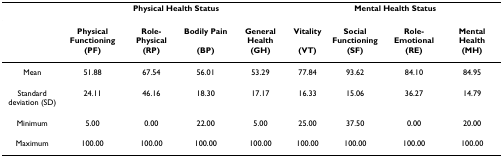
<table><thead><tr><td></td><td colspan="4"><b>Physical Health Status</b></td><td colspan="4"><b>Mental Health Status</b></td></tr></thead><tbody><tr><td></td><td><b>Physical Functioning</b></td><td><b>Role-Physical</b></td><td><b>Bodily Pain</b></td><td><b>General Health</b></td><td><b>Vitality</b></td><td><b>Social Functioning</b></td><td><b>Role-Emotional</b></td><td><b>Mental Health</b></td></tr><tr><td></td><td><b>(PF)</b></td><td><b>(RP)</b></td><td><b>(BP)</b></td><td><b>(GH)</b></td><td><b>(VT)</b></td><td><b>(SF)</b></td><td><b>(RE)</b></td><td><b>(MH)</b></td></tr><tr><td>Mean</td><td>51.88</td><td>67.54</td><td>56.01</td><td>53.29</td><td>77.84</td><td>93.62</td><td>84.10</td><td>84.95</td></tr><tr><td>Standard deviation (SD)</td><td>24.11</td><td>46.16</td><td>18.30</td><td>17.17</td><td>16.33</td><td>15.06</td><td>36.27</td><td>14.79</td></tr><tr><td>Minimum</td><td>5.00</td><td>0.00</td><td>22.00</td><td>5.00</td><td>25.00</td><td>37.50</td><td>0.00</td><td>20.00</td></tr><tr><td>Maximum</td><td>100.00</td><td>100.00</td><td>100.00</td><td>100.00</td><td>100.00</td><td>100.00</td><td>100.00</td><td>100.00</td></tr></tbody></table>